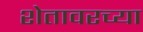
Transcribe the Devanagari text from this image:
शेतावरच्या